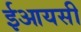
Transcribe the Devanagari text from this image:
ईआयसी